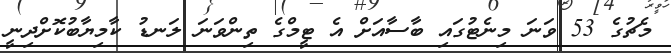
މެޗުގެ 53 ވަނަ މިނެޓުގައި ބާސާއަށް އެ ޓީމްގެ ތިންވަނަ ލަނޑު ކާމިޔާބުކޮށްދިނީ